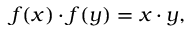
f ( x ) \cdot f ( y ) = x \cdot y ,